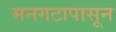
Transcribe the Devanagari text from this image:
मनगटापासून